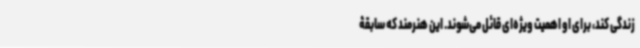
زندگی کند، برای او اهمیت ویژه‌ای قائل می‌شوند. این هنرمند که سابقۀ